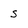
Character: s